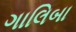
ગાલિબા